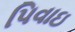
પિવાઇ